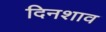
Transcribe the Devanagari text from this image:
दिनशाव